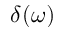
\delta ( \omega )